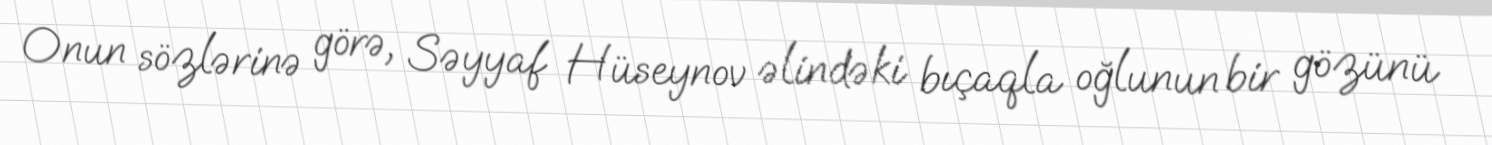
Onun sözlərinə görə, Səyyaf Hüseynov əlindəki bıçaqla oğlunun bir gözünü